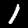
Digit: 1